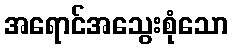
အရောင်အသွေးစုံသော